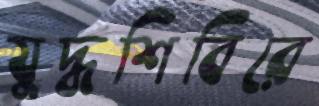
যুদ্ধশিবিরে